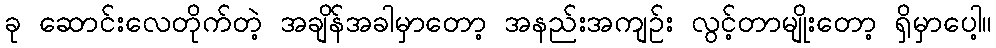
ခု ဆောင်းလေတိုက်တဲ့ အချိန်အခါမှာတော့ အနည်းအကျဉ်း လွင့်တာမျိုးတော့ ရှိမှာပေါ့။